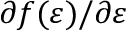
\partial f ( \varepsilon ) / \partial \varepsilon